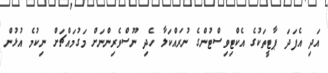
އަދި އެފަދަ ޕާޓީތަކުގެ އެކްޓިވިސްޓުންގެ ނުރައްކަލާ ހެދި ނޫސްވެރިންނަށް މަގުމައްޗަށް ނިކުމެ އުޅުން